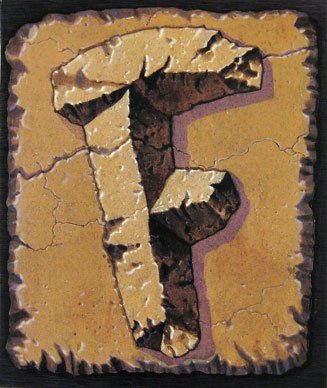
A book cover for The Flintstones: A Modern Stone Age Phenomenon; T. R. Adams; Crafts, Hobbies & Home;